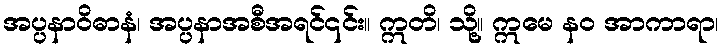
အပ္ပနာဝိဓာနံ၊ အပ္ပနာအစီအရင်၎င်း။ ဣတိ၊ သို့။ ဣမေ နဝ အာကာရာ၊